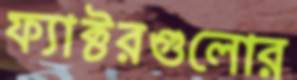
ফ্যাক্টরগুলোর